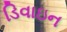
ડિવાઇન